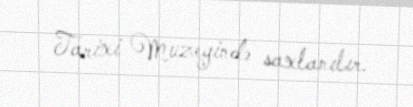
Tarixi Muzeyində saxlanılır.